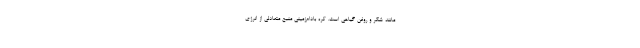
مانند شکر و روغن گیاهی است. کره بادام‌زمینی منبع متعادلی از انرژی